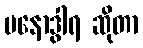
မနောဒွါရ ဆိုတာ